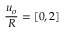
\frac { u _ { o } } { R } = [ 0 , 2 ]